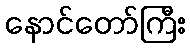
နောင်တော်ကြီး